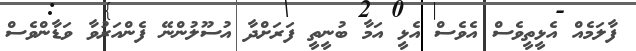
ފާލަމެއް އެޅީތީވެސް އެވެސް އެޅީ އަމާ ބުނީތީ ފަރަށްދާ އުސޫލުންނޭ ފެންއަރުވާ ވަޑާންވެސް